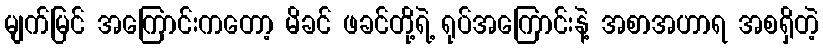
မျက်မြင် အကြောင်းကတော့ မိခင် ဖခင်တို့ရဲ့ ရုပ်အကြောင်းနဲ့ အစာအဟာရ အစရှိတဲ့